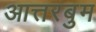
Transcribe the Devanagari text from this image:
आत्तरबुम